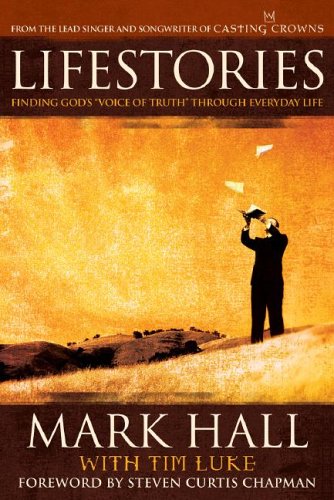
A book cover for Lifestories: Finding God's "Voice of Truth" Through Everyday Life; Mark Hall; Christian Books & Bibles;